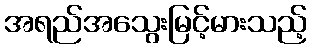
အရည်အသွေးမြင့်မားသည့်